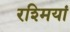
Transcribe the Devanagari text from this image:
रश्मियां